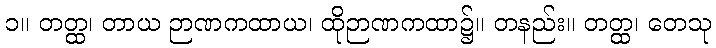
၁။ တတ္ထ၊ တာယ ဉာဏကထာယ၊ ထိုဉာဏကထာ၌။ တနည်း။ တတ္ထ၊ တေသု